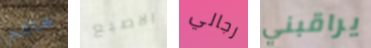
هاكم الاصبع رجالي يراقبني